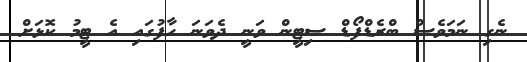
ނެގި ނަމަވެސް ބްރެޑްފޯޑް ސިޓީން ވަނީ ދެވަނަ ހާފުގައި އެ ޓީމު ކޮޅަށް